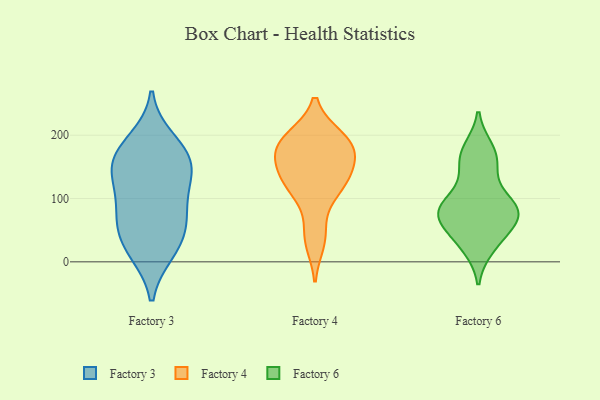
{"axis": {"x": "Website Visitors", "y": "Value"}, "legend": ["Factory 3", "Factory 4", "Factory 6"], "data": [{"x": "", "y": 150, "type": "Factory 3"}, {"x": "", "y": 174, "type": "Factory 3"}, {"x": "", "y": 17, "type": "Factory 3"}, {"x": "", "y": 192, "type": "Factory 3"}, {"x": "", "y": 167, "type": "Factory 3"}, {"x": "", "y": 115, "type": "Factory 3"}, {"x": "", "y": 132, "type": "Factory 3"}, {"x": "", "y": 81, "type": "Factory 3"}, {"x": "", "y": 16, "type": "Factory 3"}, {"x": "", "y": 150, "type": "Factory 3"}, {"x": "", "y": 56, "type": "Factory 3"}, {"x": "", "y": 45, "type": "Factory 3"}, {"x": "", "y": 76, "type": "Factory 3"}, {"x": "", "y": 32, "type": "Factory 4"}, {"x": "", "y": 181, "type": "Factory 4"}, {"x": "", "y": 152, "type": "Factory 4"}, {"x": "", "y": 46, "type": "Factory 4"}, {"x": "", "y": 119, "type": "Factory 4"}, {"x": "", "y": 193, "type": "Factory 4"}, {"x": "", "y": 127, "type": "Factory 4"}, {"x": "", "y": 161, "type": "Factory 4"}, {"x": "", "y": 187, "type": "Factory 4"}, {"x": "", "y": 113, "type": "Factory 4"}, {"x": "", "y": 159, "type": "Factory 4"}, {"x": "", "y": 121, "type": "Factory 4"}, {"x": "", "y": 189, "type": "Factory 4"}, {"x": "", "y": 196, "type": "Factory 4"}, {"x": "", "y": 23, "type": "Factory 6"}, {"x": "", "y": 74, "type": "Factory 6"}, {"x": "", "y": 178, "type": "Factory 6"}, {"x": "", "y": 58, "type": "Factory 6"}, {"x": "", "y": 176, "type": "Factory 6"}, {"x": "", "y": 39, "type": "Factory 6"}, {"x": "", "y": 98, "type": "Factory 6"}, {"x": "", "y": 69, "type": "Factory 6"}, {"x": "", "y": 92, "type": "Factory 6"}, {"x": "", "y": 88, "type": "Factory 6"}, {"x": "", "y": 25, "type": "Factory 6"}, {"x": "", "y": 156, "type": "Factory 6"}, {"x": "", "y": 65, "type": "Factory 6"}, {"x": "", "y": 77, "type": "Factory 6"}, {"x": "", "y": 81, "type": "Factory 6"}, {"x": "", "y": 87, "type": "Factory 6"}, {"x": "", "y": 162, "type": "Factory 6"}, {"x": "", "y": 139, "type": "Factory 6"}]}